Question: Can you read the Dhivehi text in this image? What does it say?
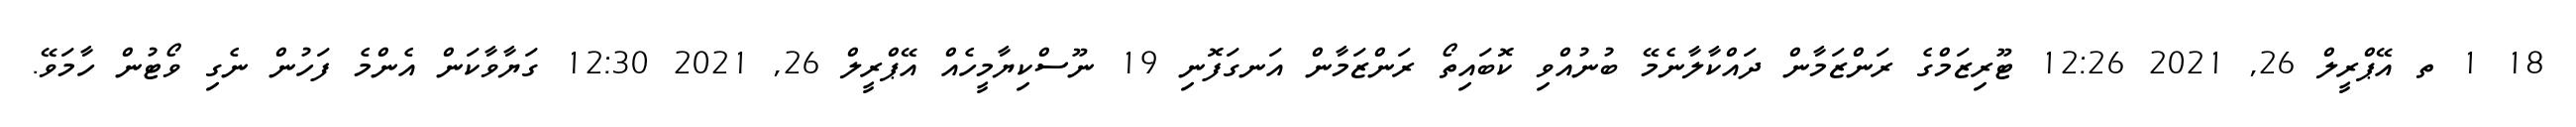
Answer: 18 1 ތ އޭޕްރީލް 26, 2021 12:26 ޓޫރިޒަމްގެ ރަންޒަމާން ދައްކާލާނެމޭ ބުނުއްވި ކޮބައިތޯ ރަންޒަމާން އަނގަފޮނި 19 ނޫސްކިޔާމީހެއް އޭޕްރީލް 26, 2021 12:30 ގަޔާވާކަން އެންމެ ފަހުން ނެގި ވޯޓުން ހާމަވޭ.